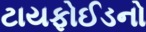
ટાયફોઈડનો